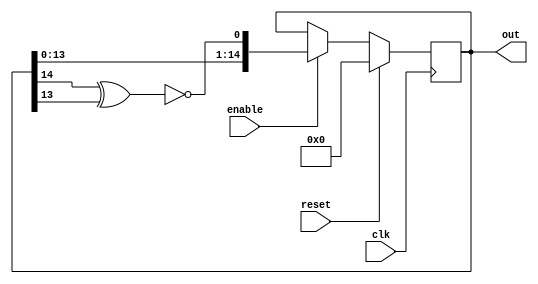
`timescale 1ns / 1ps
module lfsr(clk,enable,reset,out);
input clk,enable,reset;
output [14:0] out;
reg [14:0] out;
wire linear_feedback;

assign linear_feedback =  ! (out[14] ^ out[13]);
always @(posedge clk)
if (reset) begin // active high reset
   out <= 15'b0;
end 
else if (enable)
begin
   out <= {out, linear_feedback};
   //$display("%d",out);
end 

endmodule

/*module tb_lfsr();



wire [14:0] out;
reg enable, reset,clk;
wire [4:0] randseq;
always 	#5 clk = ~clk;
lfsr test(clk,enable,reset,out);

initial
begin
clk = 0;
enable = 0;
reset = 1;
#20;
reset = 0;
#20;
enable = 1;


end

assign randseq = out%25;


endmodule*/